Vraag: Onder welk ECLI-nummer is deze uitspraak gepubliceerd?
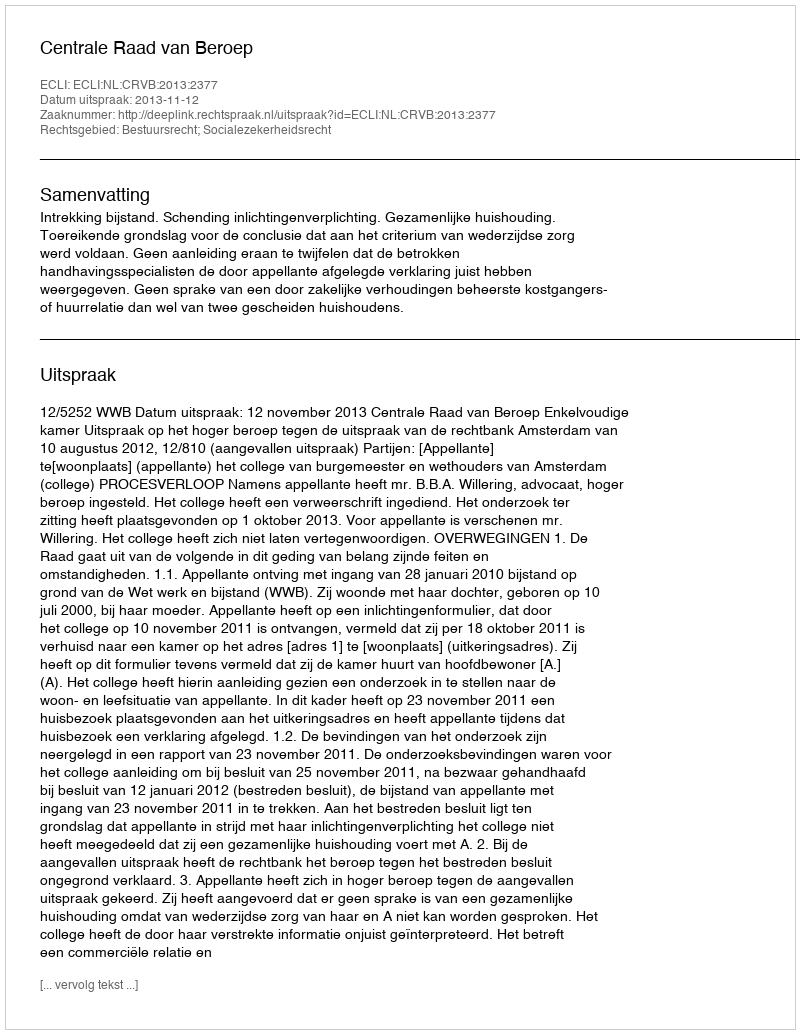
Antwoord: ECLI:NL:CRVB:2013:2377